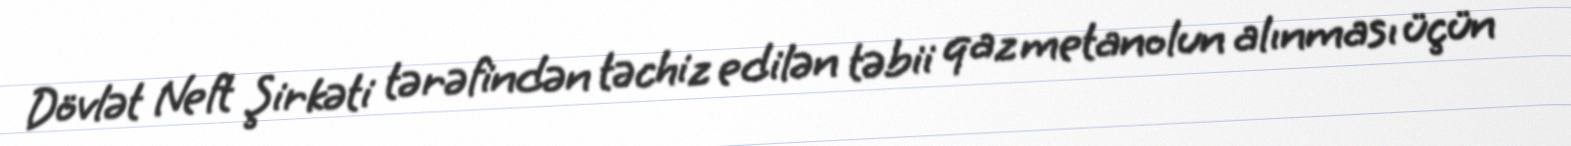
Dövlət Neft Şirkəti tərəfindən təchiz edilən təbii qaz metanolun alınması üçün